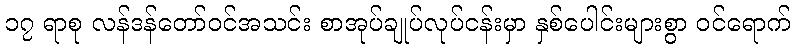
၁၇ ရာစု လန်ဒန်တော်ဝင်အသင်း စာအုပ်ချုပ်လုပ်ငန်းမှာ နှစ်ပေါင်းများစွာ ဝင်ရောက်